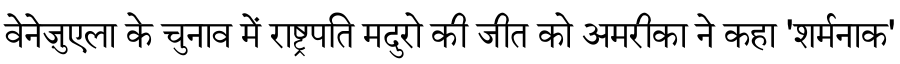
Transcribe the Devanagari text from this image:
वेनेज़ुएला के चुनाव में राष्ट्रपति मदुरो की जीत को अमरीका ने कहा 'शर्मनाक'